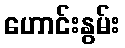
ဟောင်းနွမ်း